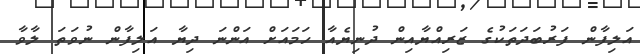
އަލިފާން ފަރުބަދަތަކުގެ ޒަރިއްޔާއިން ދުނިޔެއާ ހަމައަށް އަންނަ ދިޔާ އަލިފާން ނުވަތަ ލާވާ